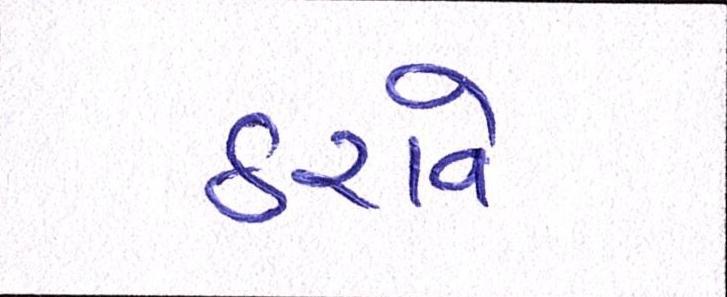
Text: ઠરાવે